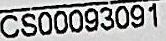
CS00093091